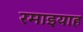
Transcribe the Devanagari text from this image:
रमाइयाह